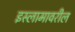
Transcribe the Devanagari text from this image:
इस्लामावरील